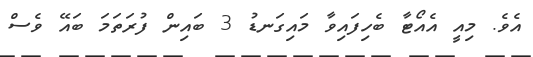
އެވެ. މިއީ އެއޯޓާ ބެހިފައިވާ މައިގަނޑު 3 ބައިން ފުރަތަމަ ބައޭ ވެސް